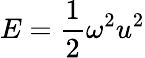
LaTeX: E=\frac{1}{2}\omega^{2}u^{2}